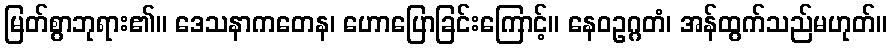
မြတ်စွာဘုရား၏။ ဒေသနာကတေန၊ ဟောပြောခြင်းကြောင့်။ နေဝဥဂ္ဂတံ၊ အန်ထွက်သည်မဟုတ်။